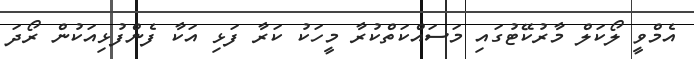
އެމްވީ ލޯކަލް މާރުކޭޓުގައި މަސައްކަތްކުރާ މީހަކު ކަރާ ފަޅި އަކާ ފެންފުޅިއަކުން ރޯދަ